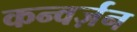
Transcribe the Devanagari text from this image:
कन्वर्ज़न